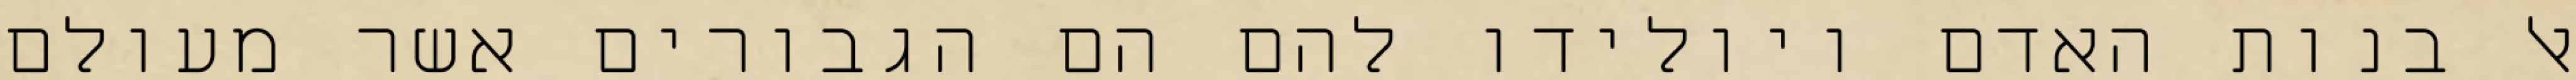
אל בנות האדם ויולידו להם הם הגבורים אשר מעולם